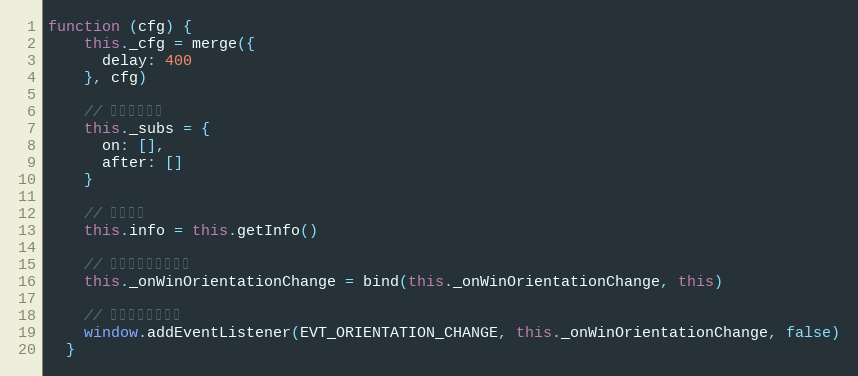
Language: JavaScript
function (cfg) {
    this._cfg = merge({
      delay: 400
    }, cfg)

    // 事件订阅数组
    this._subs = {
      on: [],
      after: []
    }

    // 当前信息
    this.info = this.getInfo()

    // 绑定事件回调上下文
    this._onWinOrientationChange = bind(this._onWinOrientationChange, this)

    // 绑定窗口切换事件
    window.addEventListener(EVT_ORIENTATION_CHANGE, this._onWinOrientationChange, false)
  }